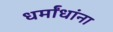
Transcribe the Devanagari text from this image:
धर्मांधांना